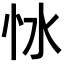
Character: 𢗷